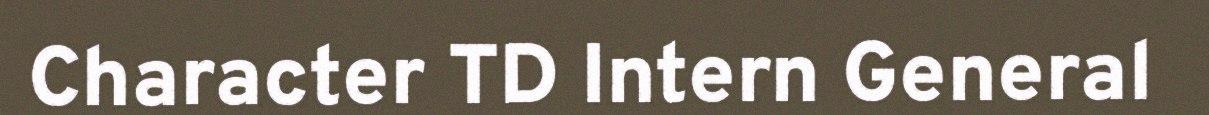
Character TD Intern General